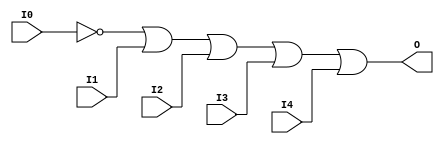
// $Header: /devl/xcs/repo/env/Databases/CAEInterfaces/verunilibs/data/unisims/OR5B1.v,v 1.6 2007/05/23 21:43:44 patrickp Exp $
///////////////////////////////////////////////////////////////////////////////
// Copyright (c) 1995/2004 Xilinx, Inc.
// All Right Reserved.
///////////////////////////////////////////////////////////////////////////////
//   ____  ____
//  /   /\/   /
// /___/  \  /    Vendor : Xilinx
// \   \   \/     Version : 10.1
//  \   \         Description : Xilinx Functional Simulation Library Component
//  /   /                  5-input OR Gate
// /___/   /\     Filename : OR5B1.v
// \   \  /  \    Timestamp : Thu Mar 25 16:43:32 PST 2004
//  \___\/\___\
//
// Revision:
//    03/23/04 - Initial version.
//    05/23/07 - Changed timescale to 1 ps / 1 ps.
//    05/23/07 - Added wire declaration for internal signals.

`timescale  1 ps / 1 ps


module OR5B1 (O, I0, I1, I2, I3, I4);

    output O;

    input  I0, I1, I2, I3, I4;

    wire i0_inv;

    not N0 (i0_inv, I0);
    or O1 (O, i0_inv, I1, I2, I3, I4);


endmodule